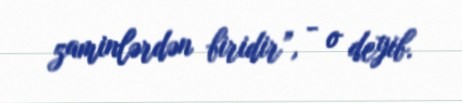
zaminlərdən biridir”, - o deyib.